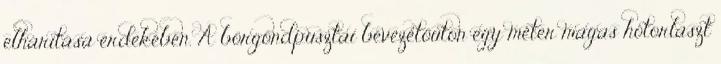
elhárítása érdekében. A börgöndpusztai bevezetőúton egy méter magas hótorlaszt